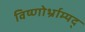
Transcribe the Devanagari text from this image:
विष्णोर्भ्राम्यद्